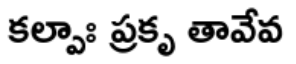
కల్పాః ప్రకృ తావేవ